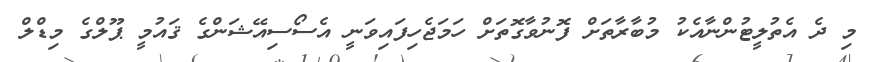
މި ދެ އެތުލީޓުންނާއެކު މުބާރާތަށް ފޮނުވާގޮތަށް ހަމަޖެހިފައިވަނީ އެސޯސިއޭޝަންގެ ޤައުމީ ޕޫލްގެ މިޑްލް